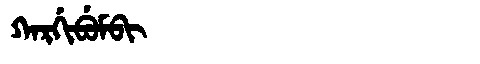
Manchu: ᡴᠠᡵᡤᡳᠪᡠᠮᠪᡳ
Romanization: KARGIBUMBI